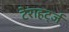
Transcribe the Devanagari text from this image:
टेराहर्ट्ज